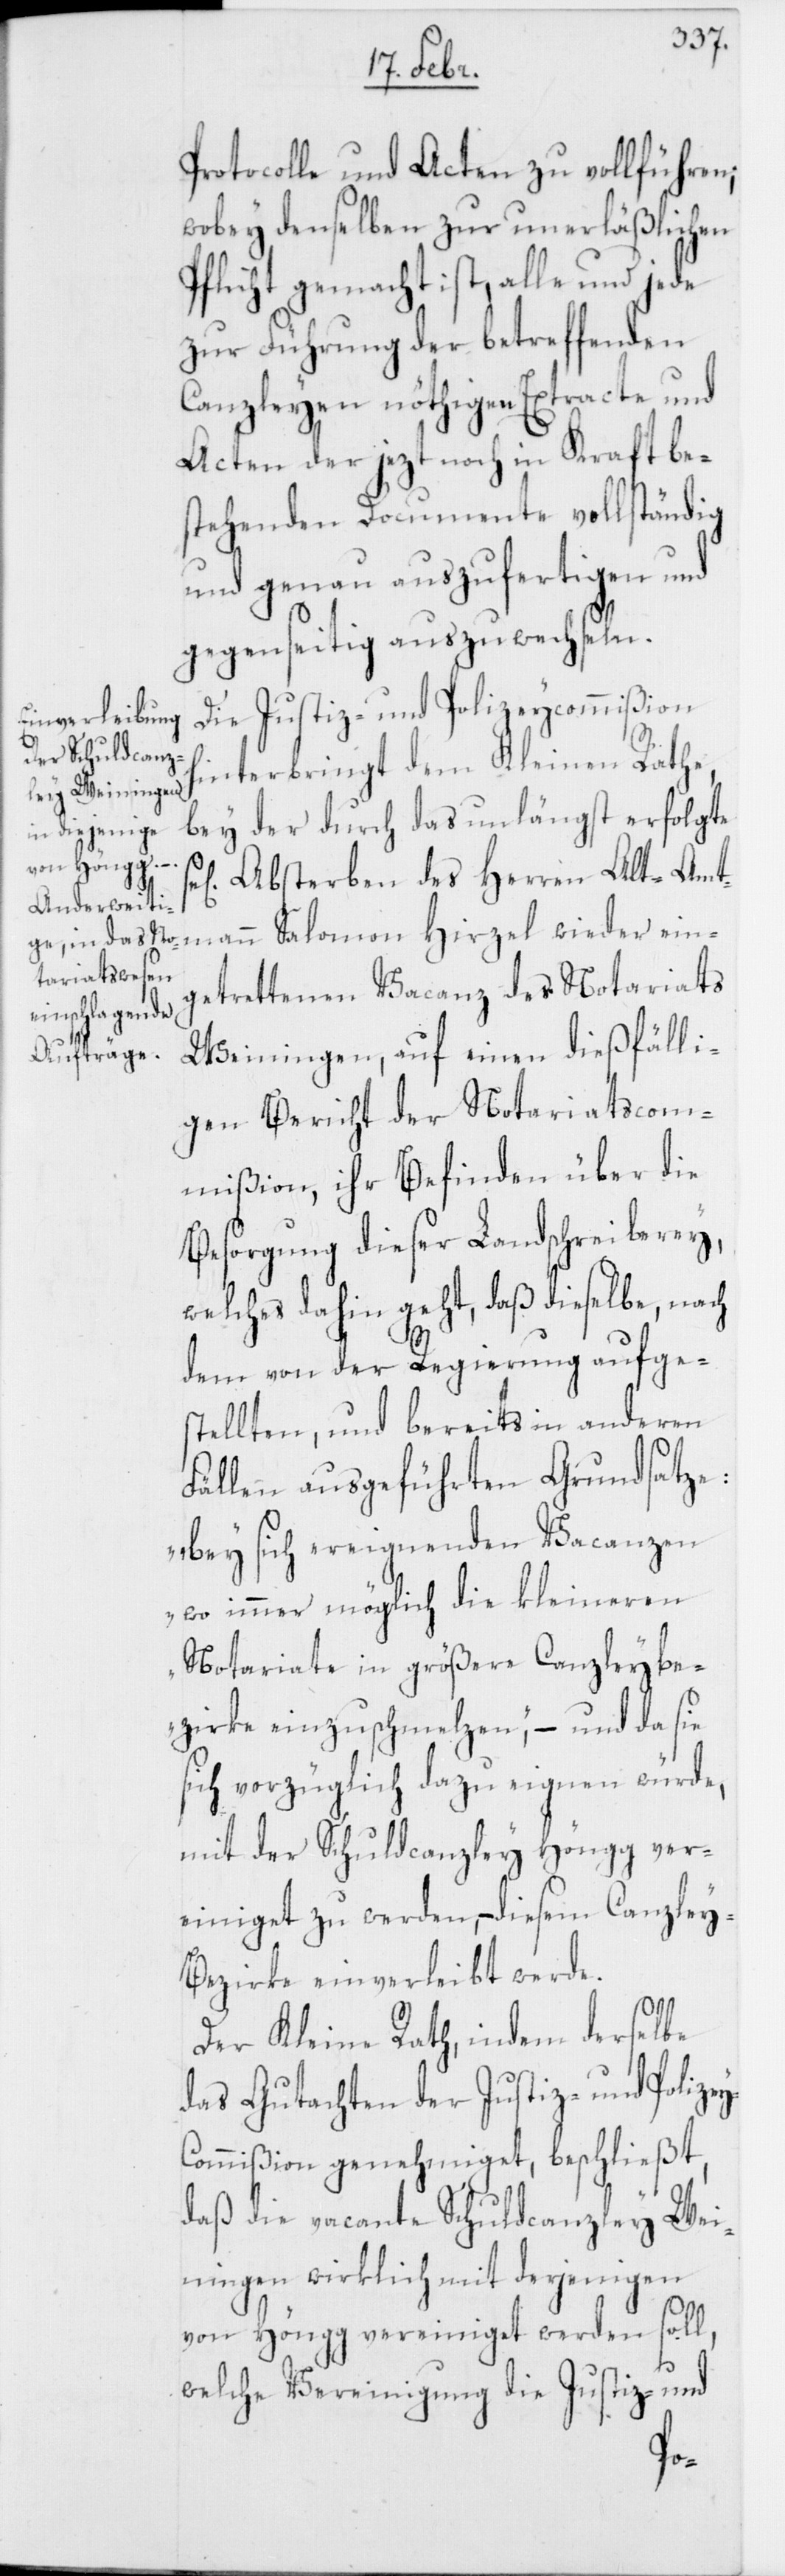
Protocolle und Acten zu vollführen;
wobey denselben zur unerläßlichen
Pflicht gemacht ist, alle und jede
zur Führung der betreffenden
Canzleyen nöthigen Extracte und
Acten der jezt noch in Kraft be¬
stehenden Documente vollständig
und genau auszufertigen und
gegenseitig auszuwechseln.
Die Justiz- und Polizeycommißion
hinterbringt dem Kleinen Rathe,
bey der durch das unlängst erfolgte
Absterben des Herren Alt-Amt¬
mann Salomon Hirzel wieder ein¬
getrettenen Vacanz des Notariats
Weiningen, auf einen dießfälli¬
gen Bericht der Notariatscom¬
mißion, ihr Befinden über die
Besorgung dieser Landschreiberey,
welches dahin geht, daß dieselbe, nach
dem von der Regierung aufge¬
stellten, und bereits in anderen
Fällen ausgeführten Grundsatze:
„Bey sich ereignenden Vacanzen
wo immer möglich die kleineren
Notariate in größere Canzleybe¬
zirke einzuschmelzen“, – und da sie
sich vorzüglich dazu eignen würde,
mit der Schuldcanzley Höngg ver¬
einiget zu werden, – diesem Canzley-B¬
ezirke einverleibt werde.
Der Kleine Rath, indem derselbe
das Gutachten der Justiz- und Polize¬
ommißion genehmiget, beschließt,
daß die vacante Schuldcanzley Wei¬
ningen wirklich mit derjenigen
von Höngg vereiniget werden soll,
welche Vereinigung die Justiz- und
y-C¬